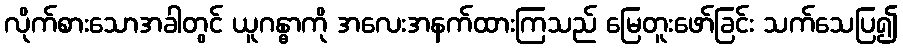
လိုက်စားသောအခါတွင် ယူဂန္ဓာကို အလေးအနက်ထားကြသည် မြေတူးဖော်ခြင်း သက်သေပြ၍